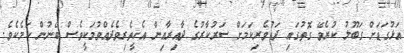
އަޅުގަޑަށް ގަބޫލު ކުރެވޭ ގޮތުގައި ދަޑުވެރިކަމަށް ސަރުކާރުގެ ދާއިރާއިން އެހީތެރިވެދެއްވުމަކީވެސް ބޭނުން ކަމެކެވެ.